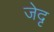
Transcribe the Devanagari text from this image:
जेदृ